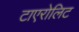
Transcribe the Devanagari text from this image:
टाएरोलिट